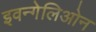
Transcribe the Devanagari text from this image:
इवन्गेलिओन